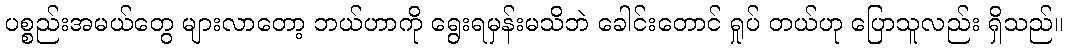
ပစ္စည်းအမယ်တွေ များလာတော့ ဘယ်ဟာကို ရွေးရမှန်းမသိဘဲ ခေါင်းတောင် ရှုပ် တယ်ဟု ပြောသူလည်း ရှိသည်။